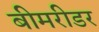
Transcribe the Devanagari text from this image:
बीमरीडर